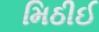
મિઠીઈ